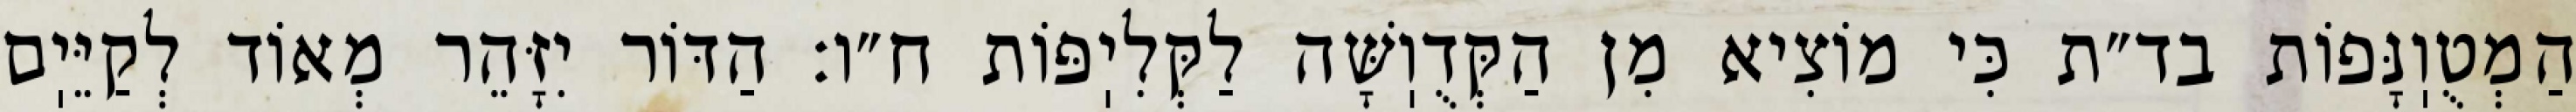
הַמְטֻוֽנָּפוֹת בד״ת כִּי מוֹצִיא מִן הַקְּדֻוֽשָּׁה לַקְּלִיֽפּוֹת ח״ו: הַדּוֹר יִזָּהֵר מְאוֹד לְקַיֵּיֽם